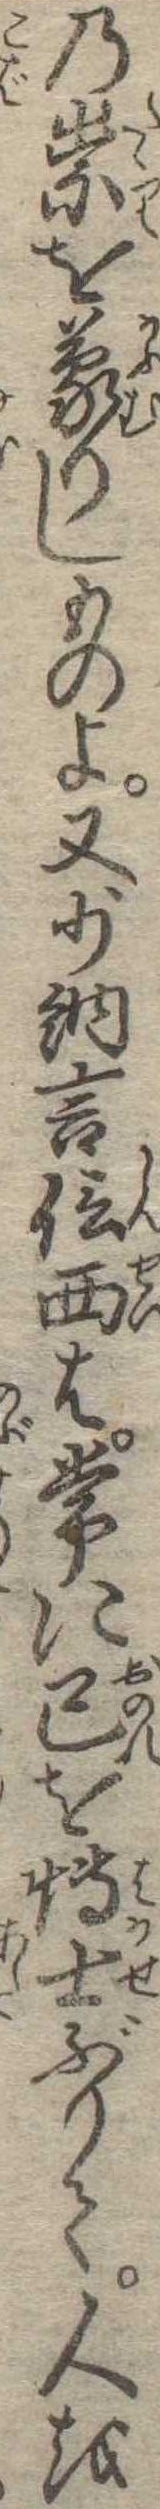
の祟を蒙りしものよ又少納言信西は常に己を博士ぶりて人を